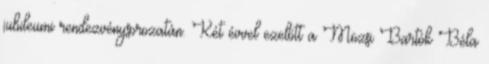
jubileumi rendezvénysorozatán. Két évvel ezelőtt a Mözsi Bartók Béla